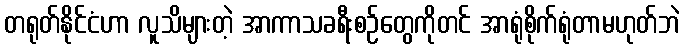
တရုတ်နိုင်ငံဟာ လူသိများတဲ့ အာကာသခရီးစဉ်တွေကိုတင် အာရုံစိုက်ရုံတာမဟုတ်ဘဲ